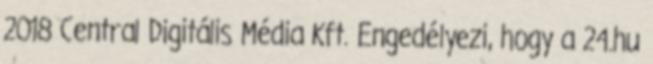
2018 Central Digitális Média Kft. Engedélyezi, hogy a 24.hu